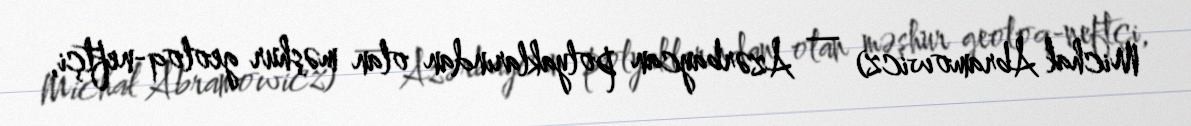
Michał Abramowicz) — Azərbaycan polyaklarından olan məşhur geoloq-neftçi,